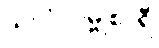
သလိလမ္ဗုစာရီ